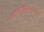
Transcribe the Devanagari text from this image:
भाषाशुद्धीकरणाचा